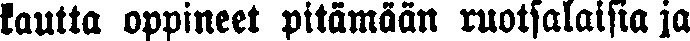
kautta oppineet pitämään ruotsalaisia ja